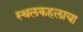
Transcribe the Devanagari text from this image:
स्थलकहलाया